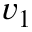
v _ { 1 }